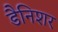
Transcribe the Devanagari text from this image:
डैनिशर